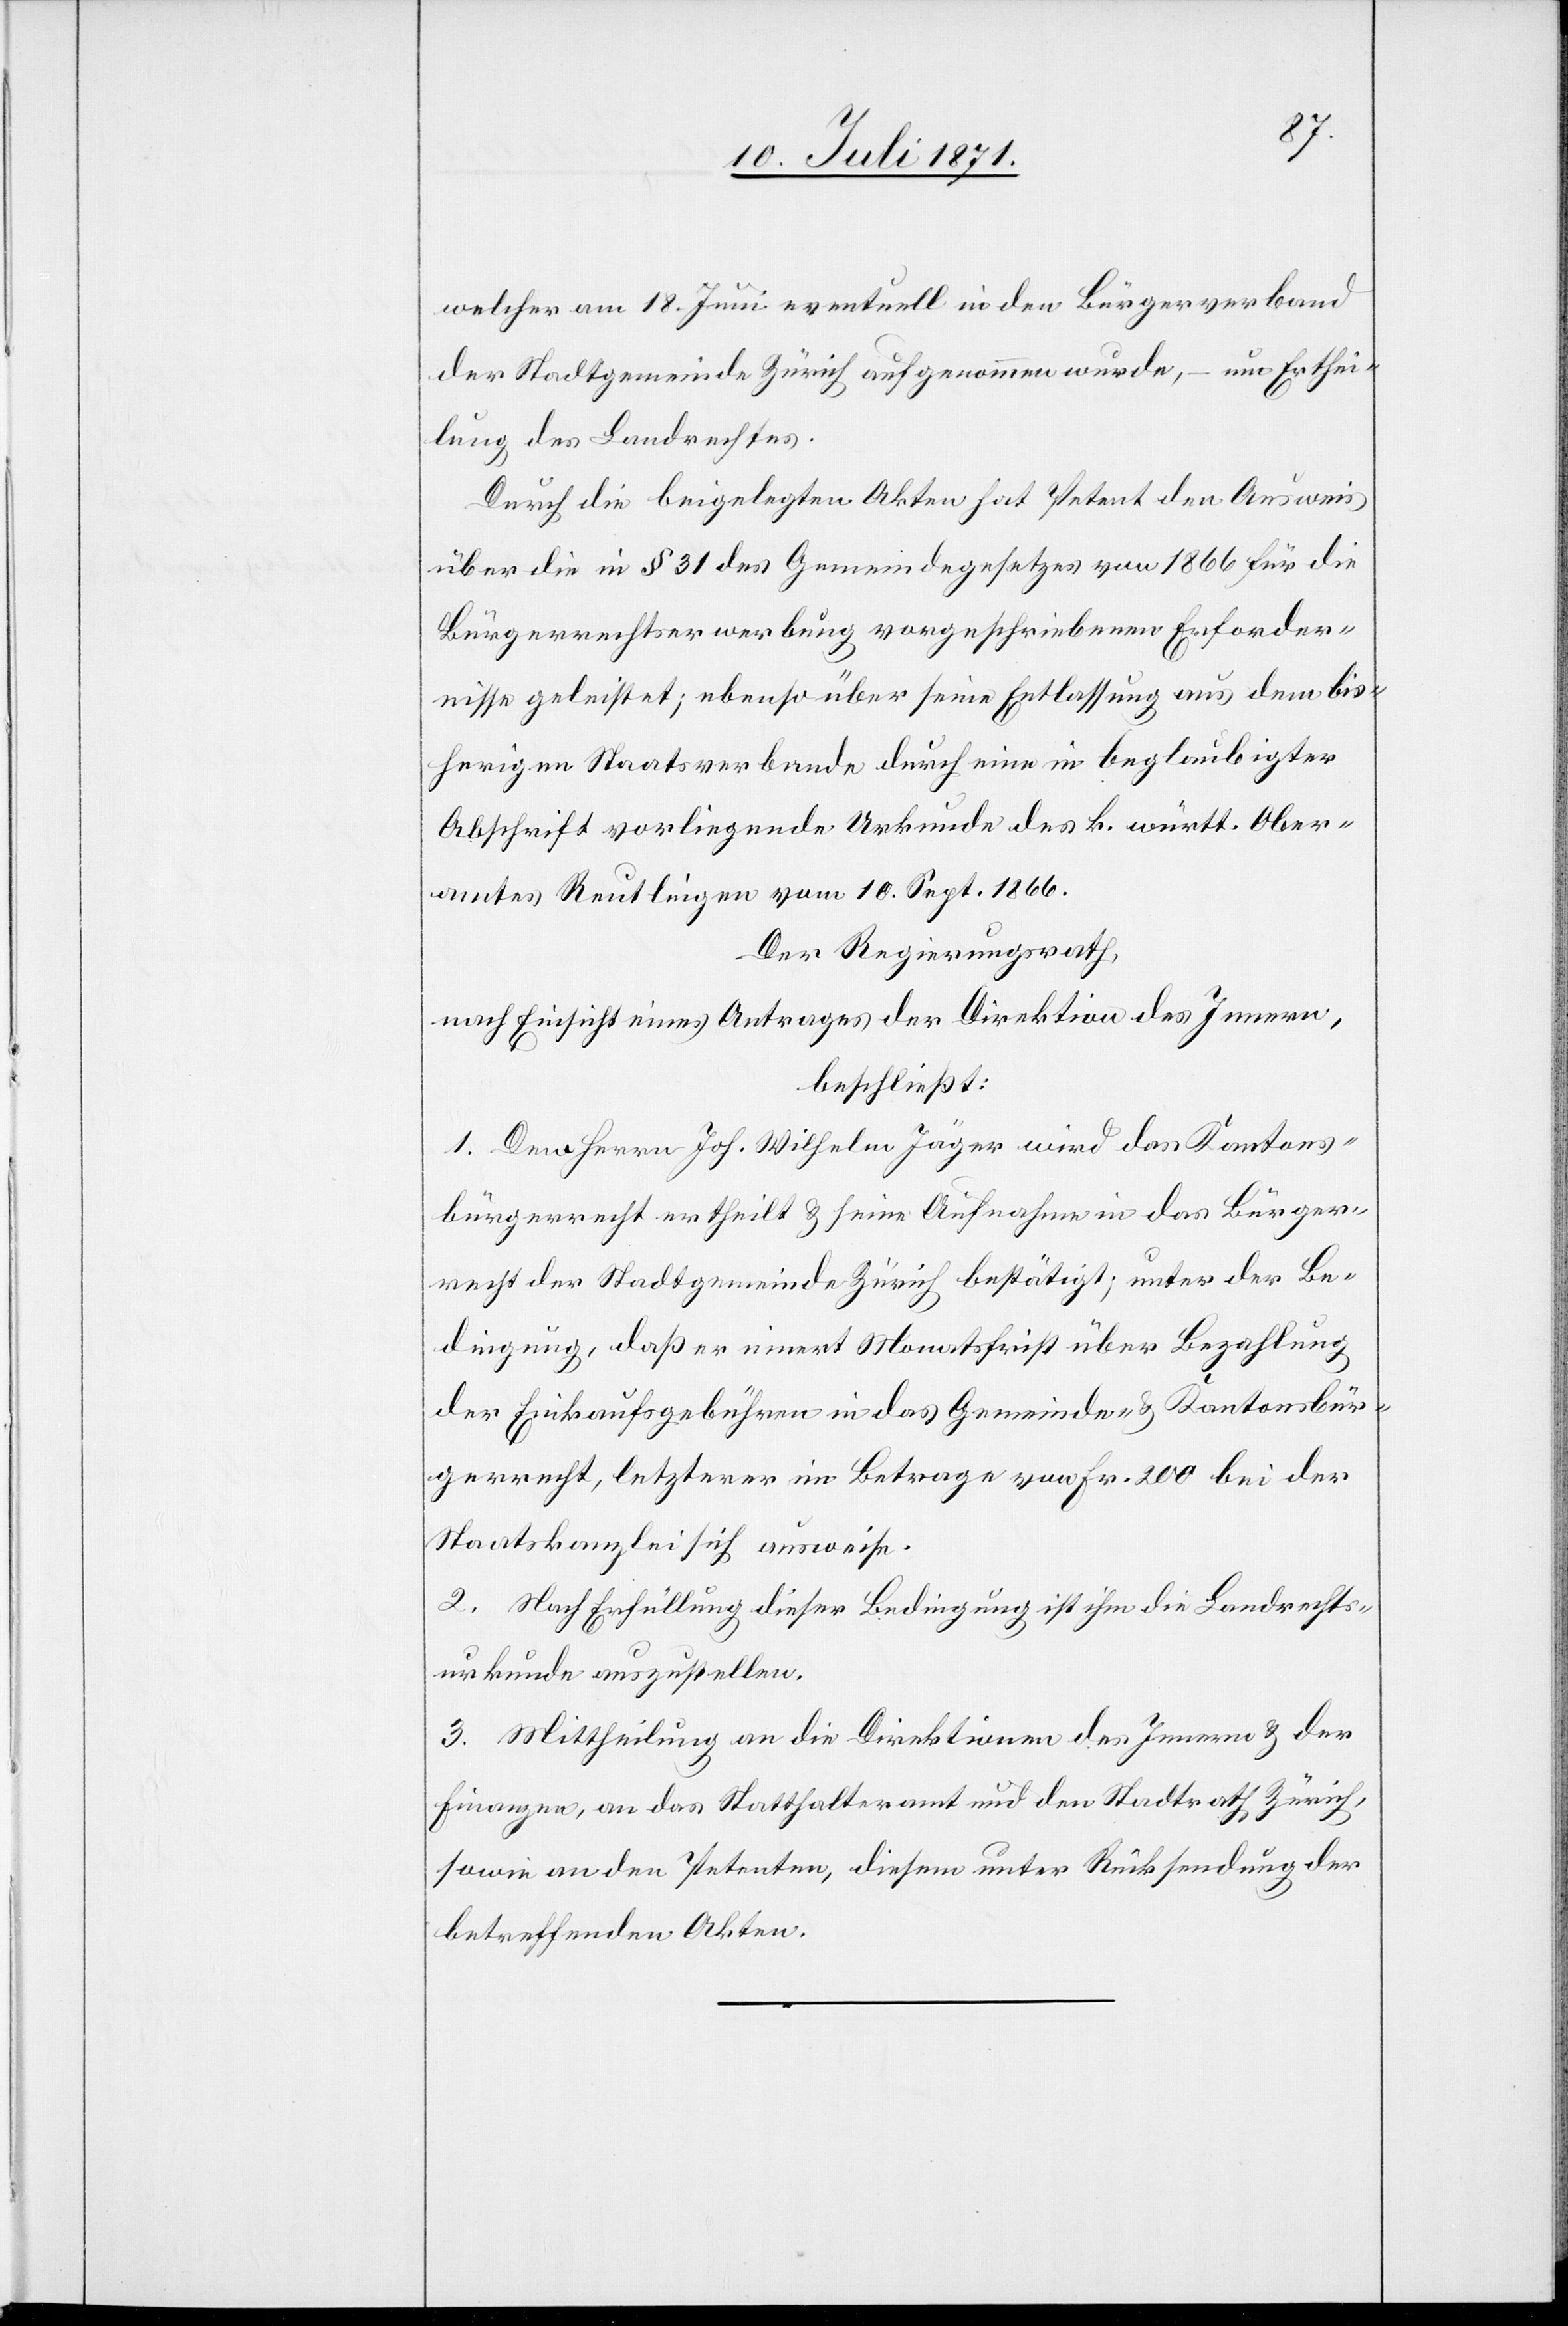
welcher am 18. Juni eventuell in den Bürgerverband
der Stadtgemeinde Zürich aufgenommen wurde, – um Erthei¬
lung des Landrechtes.
Durch die beigelegten Akten hat Petent den Ausweis
über die in § 31 des Gemeindegesetzes von 1866 für die
Bürgerrechtserwerbung vorgeschriebenen Erforder¬
nisse geleistet; ebenso über seine Entlassung aus dem bis¬
herigen Staatsverbande durch eine in beglaubigter
Abschrift vorliegende Urkunde des k. württ. Ober¬
amtes Reutlingen vom 10. Sept. 1866.
Der Regierungsrath,
nach Einsicht eines Antrages der Direktion des Innern,
beschließt:
1. Dem Herrn Joh. Wilhelm Jäger wird das Kantons¬
bürgerrecht ertheilt u. seine Aufnahme in das Bürger¬
recht der Stadtgemeinde Zürich bestätigt; unter der Be¬
dingung, daß er innert Monatsfrist über Bezahlung
der Einkaufsgebühren in das Gemeinde- u. Kantonsbür¬
gerrecht, letzterer im Betrage von Fr. 200 bei der
Staatskanzlei sich ausweise.
2. Nach Erfüllung dieser Bedingung ist ihm die Landrechts¬
urkunde auszustellen.
3. Mittheilung an die Direktion des Innern u. der
Finanzen, an das Statthalteramt und den Stadtrath Zürich,
sowie an den Petenten, diesem unter Rücksendung der
betreffenden Akten.